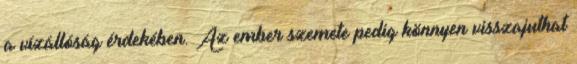
a vízállóság érdekében. Az ember szemete pedig könnyen visszajuthat